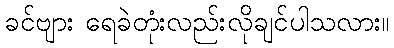
ခင်ဗျား ရေခဲတုံးလည်းလိုချင်ပါသလား။